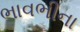
ભાવભીના